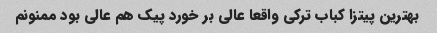
بهترین پیتزا کباب ترکی واقعا عالی بر خورد پیک هم عالی بود ممنونم